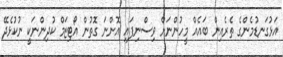
އަޅުގަނޑުމެންގެ ތެރެއިން ބައެއް މީހުންނަށް ވިސްނިފައި އޮންނަ ގޮތުން އޯޓިޒަމް ކުދިންނަކީ ނުކުޅެދޭ